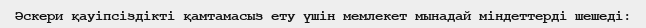
Әскери қауіпсіздікті қамтамасыз ету үшін мемлекет мынадай міндеттерді шешеді: